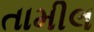
તામીલ